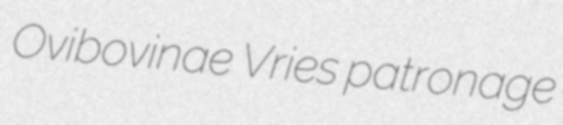
Ovibovinae Vries patronage